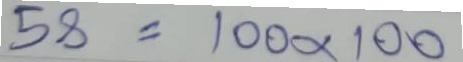
58 = 100 x 100